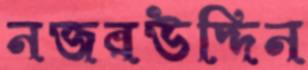
নজরউদ্দিন